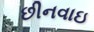
છીનવાઇ